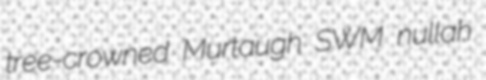
tree-crowned Murtaugh SWM nullah